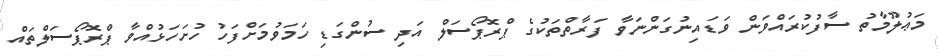
މަޢުލޫމާތު ސާފުކުރައްވަން ވަޑައިނުގަންނަވާ ފަރާތްތަކުގެ ޕްރޮޕޯސަލް އަދި ސުންގަޑި ހަމަވުމަށްފަހު ހުށަހަޅުއްވާ ޕްރޮޕޯސަލްތައް